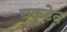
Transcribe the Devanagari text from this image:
बकुटेन